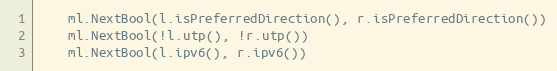
Language: Go
	ml.NextBool(l.isPreferredDirection(), r.isPreferredDirection())
	ml.NextBool(!l.utp(), !r.utp())
	ml.NextBool(l.ipv6(), r.ipv6())